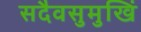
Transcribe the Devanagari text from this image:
सदैवसुमुखिं